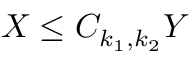
X \le C _ { k _ { 1 } , k _ { 2 } } Y